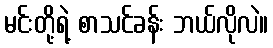
မင်းတို့ရဲ့ စာသင်ခန်း ဘယ်လိုလဲ။